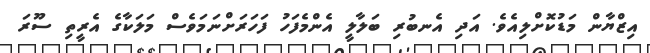
އިޒްޔާން މަޑުކޮށްލިއެވެ. އަދި އެނބުރި ބަލާލީ އެންމެފަހު ފަހަރަށްނަމަވެސް މަލަކާގެ އެރީތި ސޫރަ